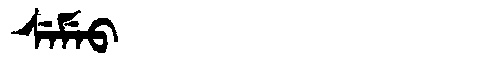
Manchu: ᠰᡝᠮᡝᠣ
Romanization: SEMEO